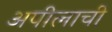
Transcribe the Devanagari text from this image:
अपीलाची